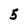
Character: 5